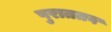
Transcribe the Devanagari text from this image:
पुराततव